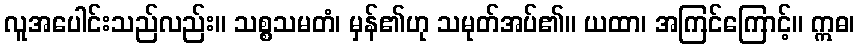
လူအပေါင်းသည်လည်း။ သစ္စသမတံ၊ မှန်၏ဟု သမုတ်အပ်၏။ ယထာ၊ အကြင်ကြောင့်။ ဣဓ၊